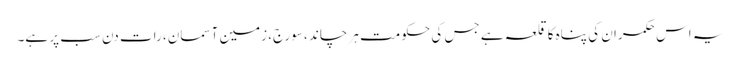
یہ اس حکمران کی پناہ کا قلعہ ہے جس کی حکومت ہر چاند ، سورج، زمین آسمان، رات دن سب پر ہے۔